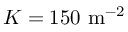
K = 1 5 0 \mathrm { \ m ^ { - 2 } }